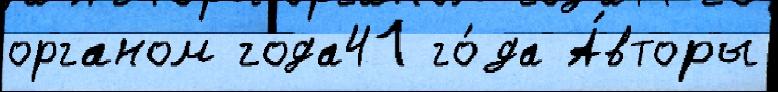
органом года41 го́да А́вторы